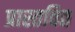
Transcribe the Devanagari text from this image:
प्रास्तवित